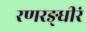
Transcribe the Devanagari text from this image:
रणरङ्धीरं